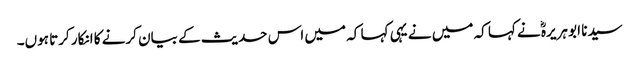
سیدنا ابو ہریرہؓ نے کہا کہ میں نے یہی کہا کہ میں اس حدیث کے بیان کرنے کا انکار کرتا ہوں۔